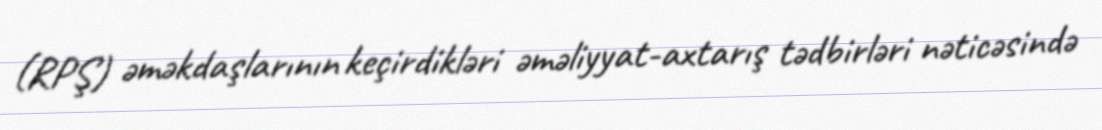
(RPŞ) əməkdaşlarının keçirdikləri əməliyyat-axtarış tədbirləri nəticəsində